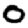
Digit: 0